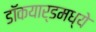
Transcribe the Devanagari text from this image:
डॉकयार्डमध्ये